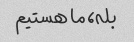
بله، ما هستیم